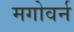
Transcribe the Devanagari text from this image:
मगोवर्न